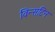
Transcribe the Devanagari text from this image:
विन्सटिन